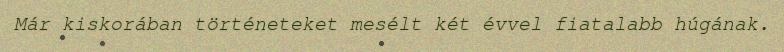
Már kiskorában történeteket mesélt két évvel fiatalabb húgának.